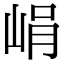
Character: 𡷡